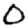
Digit: 0